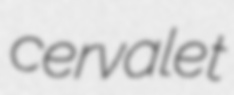
cervalet